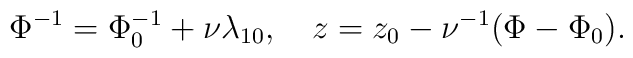
\Phi^{-1}=\Phi_0^{-1}+\nu\lambda_{10},\quad z=z_0-\nu^{-1}(\Phi-\Phi_0).